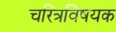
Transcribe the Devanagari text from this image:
चरित्रविषयक